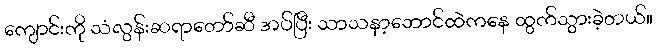
ကျောင်းကို သံလွန်းဆရာတော်ဆီ အပ်ပြီး သာသနာ့ဘောင်ထဲကနေ ထွက်သွားခဲ့တယ်။